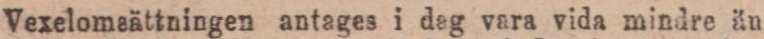
Vexelomsättningen antages i dag vara vida mindre än